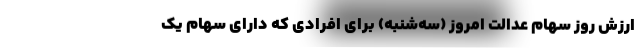
ارزش روز سهام عدالت امروز (سه‌شنبه) برای افرادی که دارای سهام یک